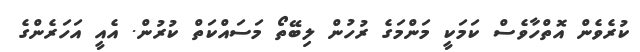
ކުރެވެން އޮތްހާވެސް ކަމަކީ މަންމަގެ ރުހުން ލިބޭތޯ މަސައްކަތް ކުރުން. އެއީ އަހަރެންގެ